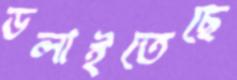
ডলাইতেছে